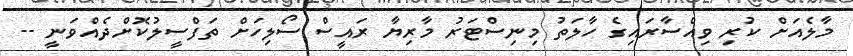
މާލެއަށް ކުރި ވިއްސާރައިގެ ހާލަތު މިނިސްޓަރު މާރިޔާ ރައީސް ސޯލިހަށް ތަފްސީލުކޮށްދެއްވަނީ --